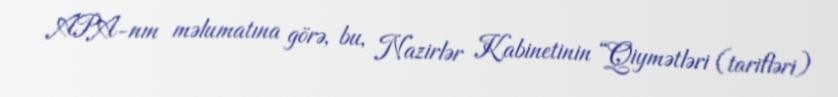
APA-nın məlumatına görə, bu, Nazirlər Kabinetinin “Qiymətləri (tarifləri)